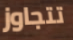
تتجاوز